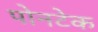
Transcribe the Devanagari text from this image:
पोनटेक